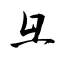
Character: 彑